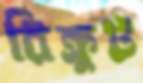
রিক্রুট